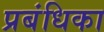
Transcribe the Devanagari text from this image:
प्रबंधिका